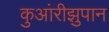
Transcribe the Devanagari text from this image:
कुआंरीझुपान